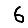
Digit: 6